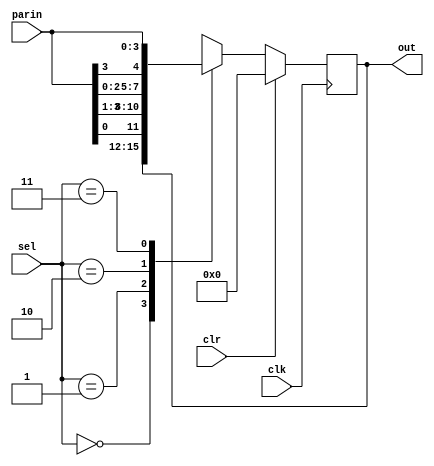
`timescale 1ns / 1ps
module unsr (clr,clk,sel,parin,out);
input clr,clk;
input [1:0]sel;
input [3:0]parin;
output reg[3:0]out;

always @(posedge clk)
begin

if(clr)
out=4'b0000;

else
begin
case(sel)
2'b00: out=out;
2'b01: out={parin[0],parin[3:1]};
2'b10: out={parin[2:0],parin[3]};
2'b11: out=parin;
endcase
end

end
endmodule